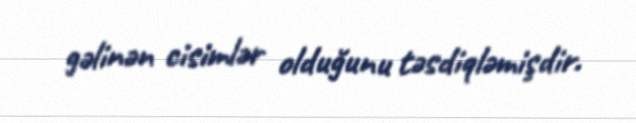
gəlinən cisimlər olduğunu təsdiqləmişdir.